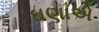
ઘણાએ